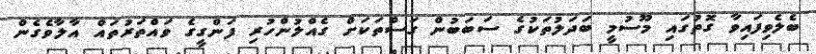
ބެލެވިފައިވާ ގޮތުގައި މޫސުމީ ބަދަލުތަކުގެ ސަބަބުން ގަސްތަކަށް ގެއްލުންހުރި ފަންގީގެ ވައްތަރުތައް އާލާވެގެން